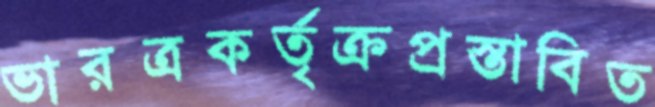
ভারত্রকর্তৃক্রপ্রস্তাবিত